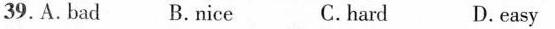
39.A. Bad B.Nice C.hard D.easy